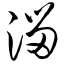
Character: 溜